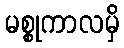
မစ္စုကာလမှိ